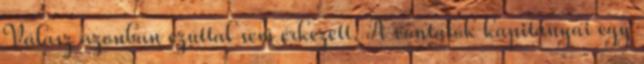
Válasz azonban ezúttal sem érkezett. A vontatók kapitányai egy